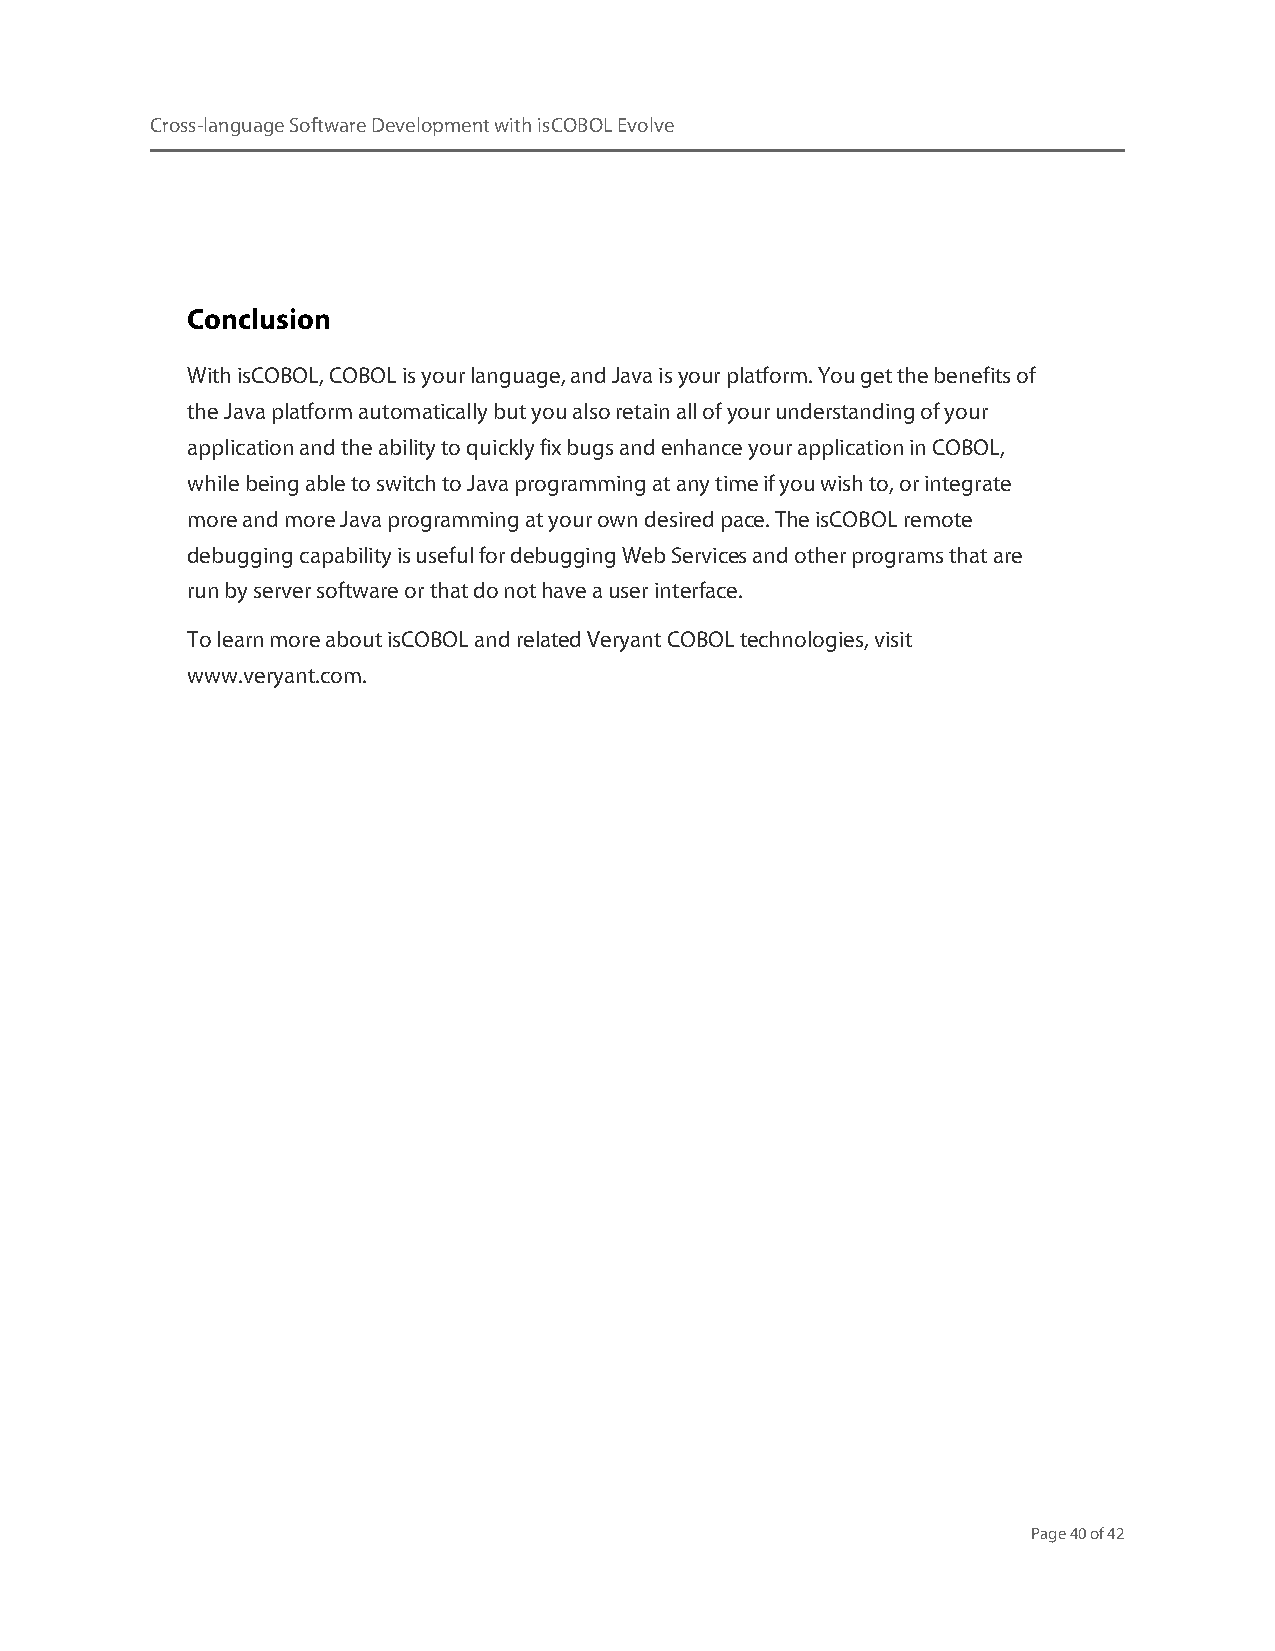
Cross-language Software Development with isCOBOL Evolve
 Conclusion
 With isCOBOL, COBOL is your language, and Java is your platform. You get the benefits of
 the Java platform automatically but you also retain all of your understanding of your
 application and the ability to quickly fix bugs and enhance your application in COBOL,
 while being able to switch to Java programming at any time if you wish to, or integrate
 more and more Java programming at your own desired pace. The isCOBOL remote
 debugging capability is useful for debugging Web Services and other programs that are
 run by server software or that do not have a user interface.
 To learn more about isCOBOL and related Veryant COBOL technologies, visit
 www.veryant.com.
 Page 40 of 42